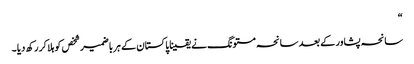
“
سانحہ پشاور کے بعد سانحہ مستونگ نے یقینا پاکستان کے ہر باضمیر شخص کو ہلا کر رکھ دیا ۔